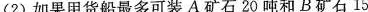
2)如果甲货船最多可装A矿石20吨和B矿石15